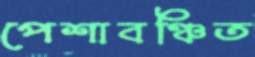
পেশাবঞ্চিত